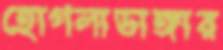
হোগলাডাঙ্গার